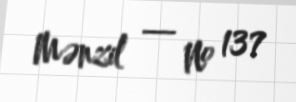
Mənzil — № 137